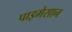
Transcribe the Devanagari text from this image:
पाइमेसान